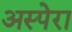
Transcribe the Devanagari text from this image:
अस्पेरा